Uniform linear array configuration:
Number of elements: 24
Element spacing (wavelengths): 0.75
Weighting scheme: hamming
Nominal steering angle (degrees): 0
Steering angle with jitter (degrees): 0.1565
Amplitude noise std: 0.05
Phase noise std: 0.05

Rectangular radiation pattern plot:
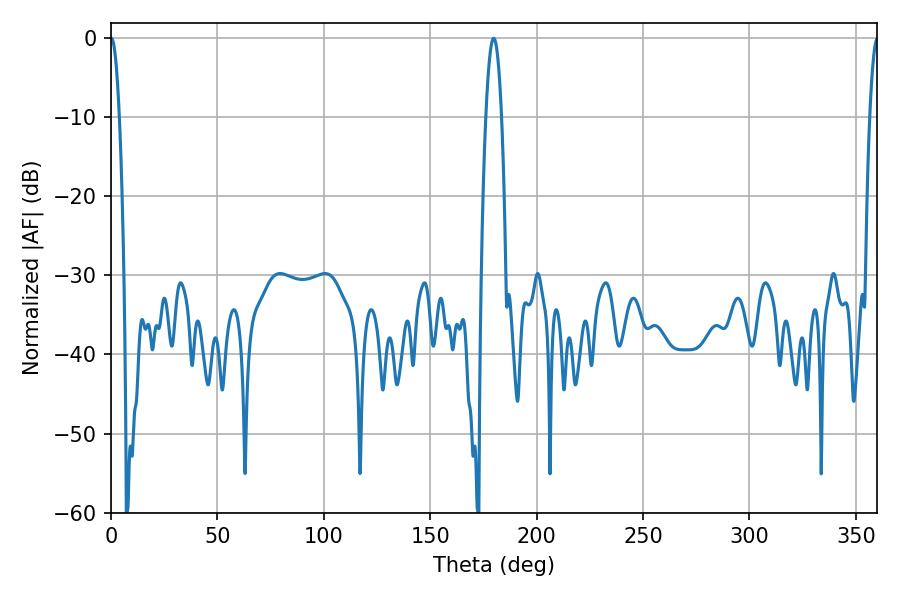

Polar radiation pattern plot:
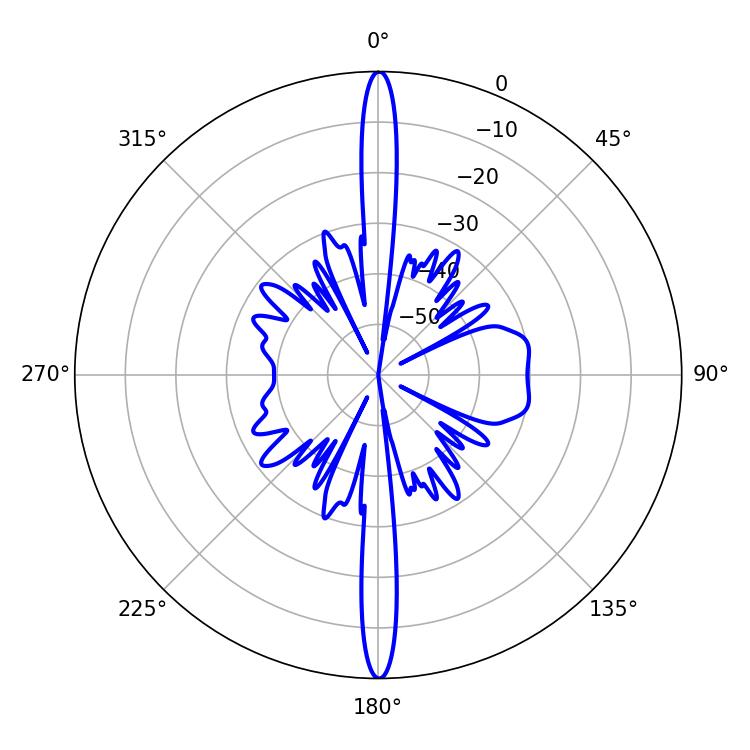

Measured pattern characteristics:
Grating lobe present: TRUE
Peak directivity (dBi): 33.572
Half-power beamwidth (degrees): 2.16
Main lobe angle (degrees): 0.18